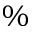
\%